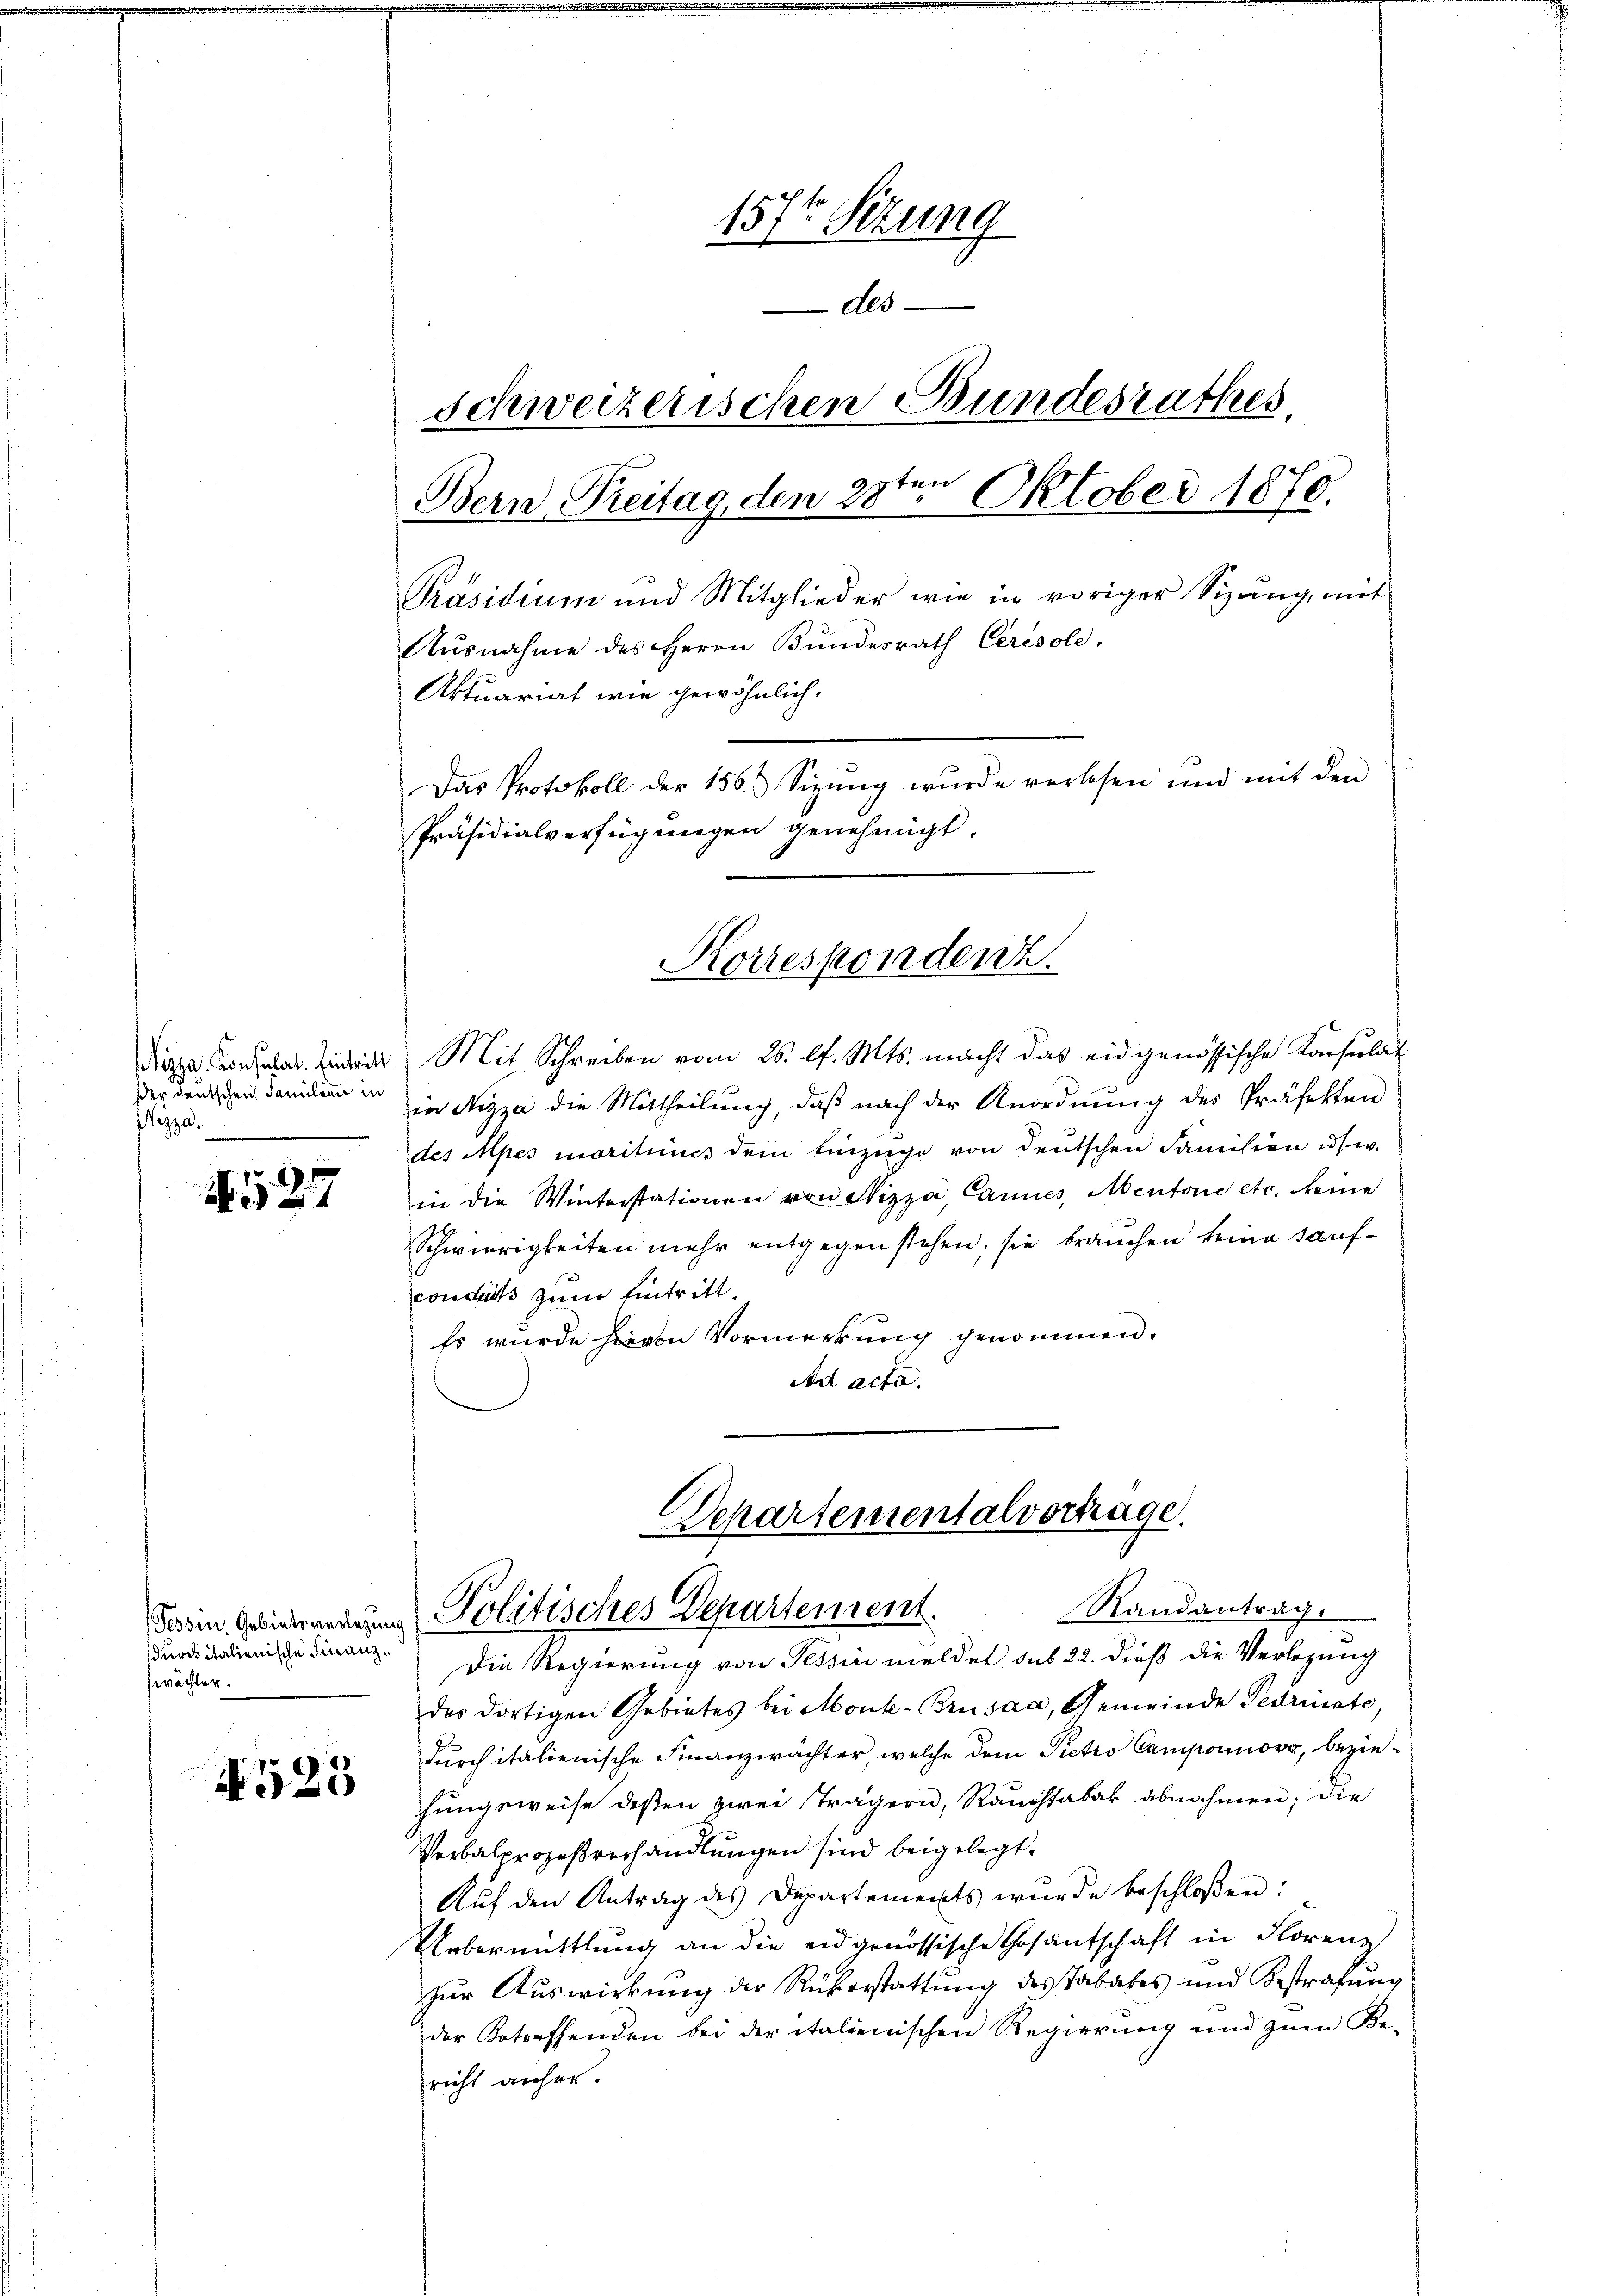
der deutschen Familien in
ezza

N 527

Tessin, Gebiets verlegung
sdurch italienische Finanzzwächter.

N 525

157t Sitzung
Als
schweizerischen Bundesrathes.
Bern Preitag, den 28ten Oktober 1870.
Präsidium und Mitglieder wie in voriger Sizang, mit
Ausnahme des Herrn Bundesrath Ceresole.
Aktuariat wie gewöhnlich.
Das Protokoll der 156. Sizung wurde verlesen und mit den
Präsidialverfügungen genehmigt.

Die Konsula der Mit Schreiben vom 26. l. Mts. macht das eidgenössische Konserlit
in Nizza die Mittheilung, daß nach der Anordnung des Präfekten
des Apes morituucs dem Einzüge von deutschen Familien u. s. w.
in die Winterstationen von Nizza, Cannes, Mentone etc. keine
Schwierigkeiten mehr entgegenstehen, sie brauchen keine saufconduits zum Eintritt.
Es wurde hievon Vormerkung genommen.
Ad acta.
Schartementalvortrage.

Korrespondenz.

Randantrag.
Politisches Departement.

Die Regierung von Tessin meldet sub 22. dieß die Verlegung
des dortigen Gebietes bei Monk- Brüsaa, Gemeinde Pedrinste,
durch italienische Finanzwächter welche dem Pietro Camponuovo, beziehungsweise deßen zwei Trägern, Rauchtabak abnahmen; die
Verbalprozeßverhandlungen sind beigelegt.
Aŭf den Antrag des Departements wurde beschloßen:
Uebermittlung an die eidgenössische Gesantschaft in Florenz
zur Auswirkung der Rükerstattung des Tabakes und Bestrafung
der Betreffenden bei der italienischen Regierŭng und zŭm Be-
richt anher.